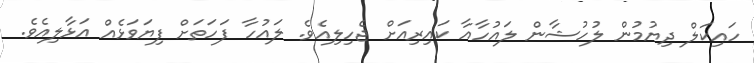
ހައިކަލް ދިޔުމުން ލުހުޝާން ލައުހާއާ ކައިރިއަށް ޖެހިލިއެވެ. ލައުހާ ފަހަތަށް ފިޔަވަޅެއް އަޅާލިއެވެ.